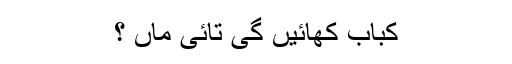
کباب کھائیں گی تائی ماں ؟